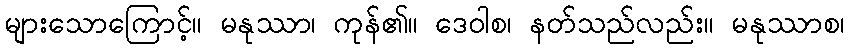
များသောကြောင့်။ မနုဿာ၊ ကုန်၏။ ဒေဝါစ၊ နတ်သည်လည်း။ မနုဿာစ၊